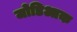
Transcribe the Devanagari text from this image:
जोडिआक